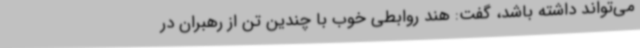
می‌تواند داشته باشد، گفت: هند روابطی خوب با چندین تن از رهبران در